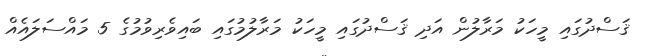
ޤަސްދުގައި މީހަކު މަރާލުން އަދި ޤަސްދުގައި މީހަކު މަރާލުމުގައި ބައިވެރިވުމުގެ 5 މައްސަލައެއް